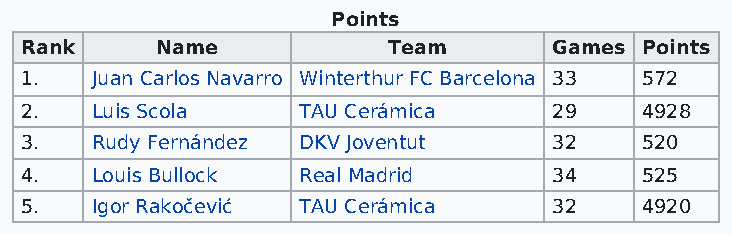
Points
 Rank     Name            Team       Games Points
 1.   Juan Carlos Navarro Winterthur FC Barcelona 33 572
 2.   Luis Scola    TAU Cerámica     29   4928
 3.   Rudy Fernández DKV Joventut    32   520
 4.   Louis Bullock Real Madrid      34   525
 5.   Igor Rakočević TAU Cerámica    32   4920